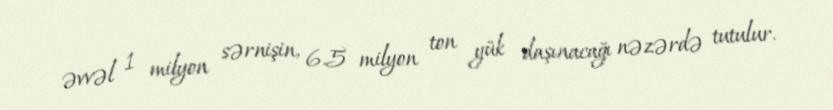
əvvəl 1 milyon sərnişin, 6.5 milyon ton yük daşınacağı nəzərdə tutulur.